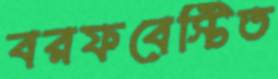
বরফবেস্টিত